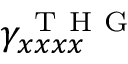
\gamma _ { x x x x } ^ { \mathrm { ~ T ~ H ~ G ~ } }